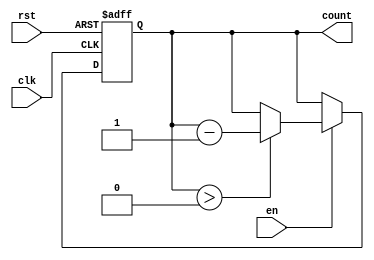
module down_counter #(
    parameter N = 3 // Number of bits for the counter (0 to 2^N - 1)
)(
    input wire clk,     // Clock signal
    input wire rst,     // Asynchronous reset
    input wire en,      // Enable signal
    output reg [N-1:0] count // Current count value
);

// State transition logic
always @(posedge clk or posedge rst) begin
    if (rst) begin
        count <= N; // Reset to maximum value (N)
    end else if (en) begin
        if (count > 0) begin
            count <= count - 1; // Decrement the counter
        end
        // If count is 0, it remains at 0
    end
end

endmodule